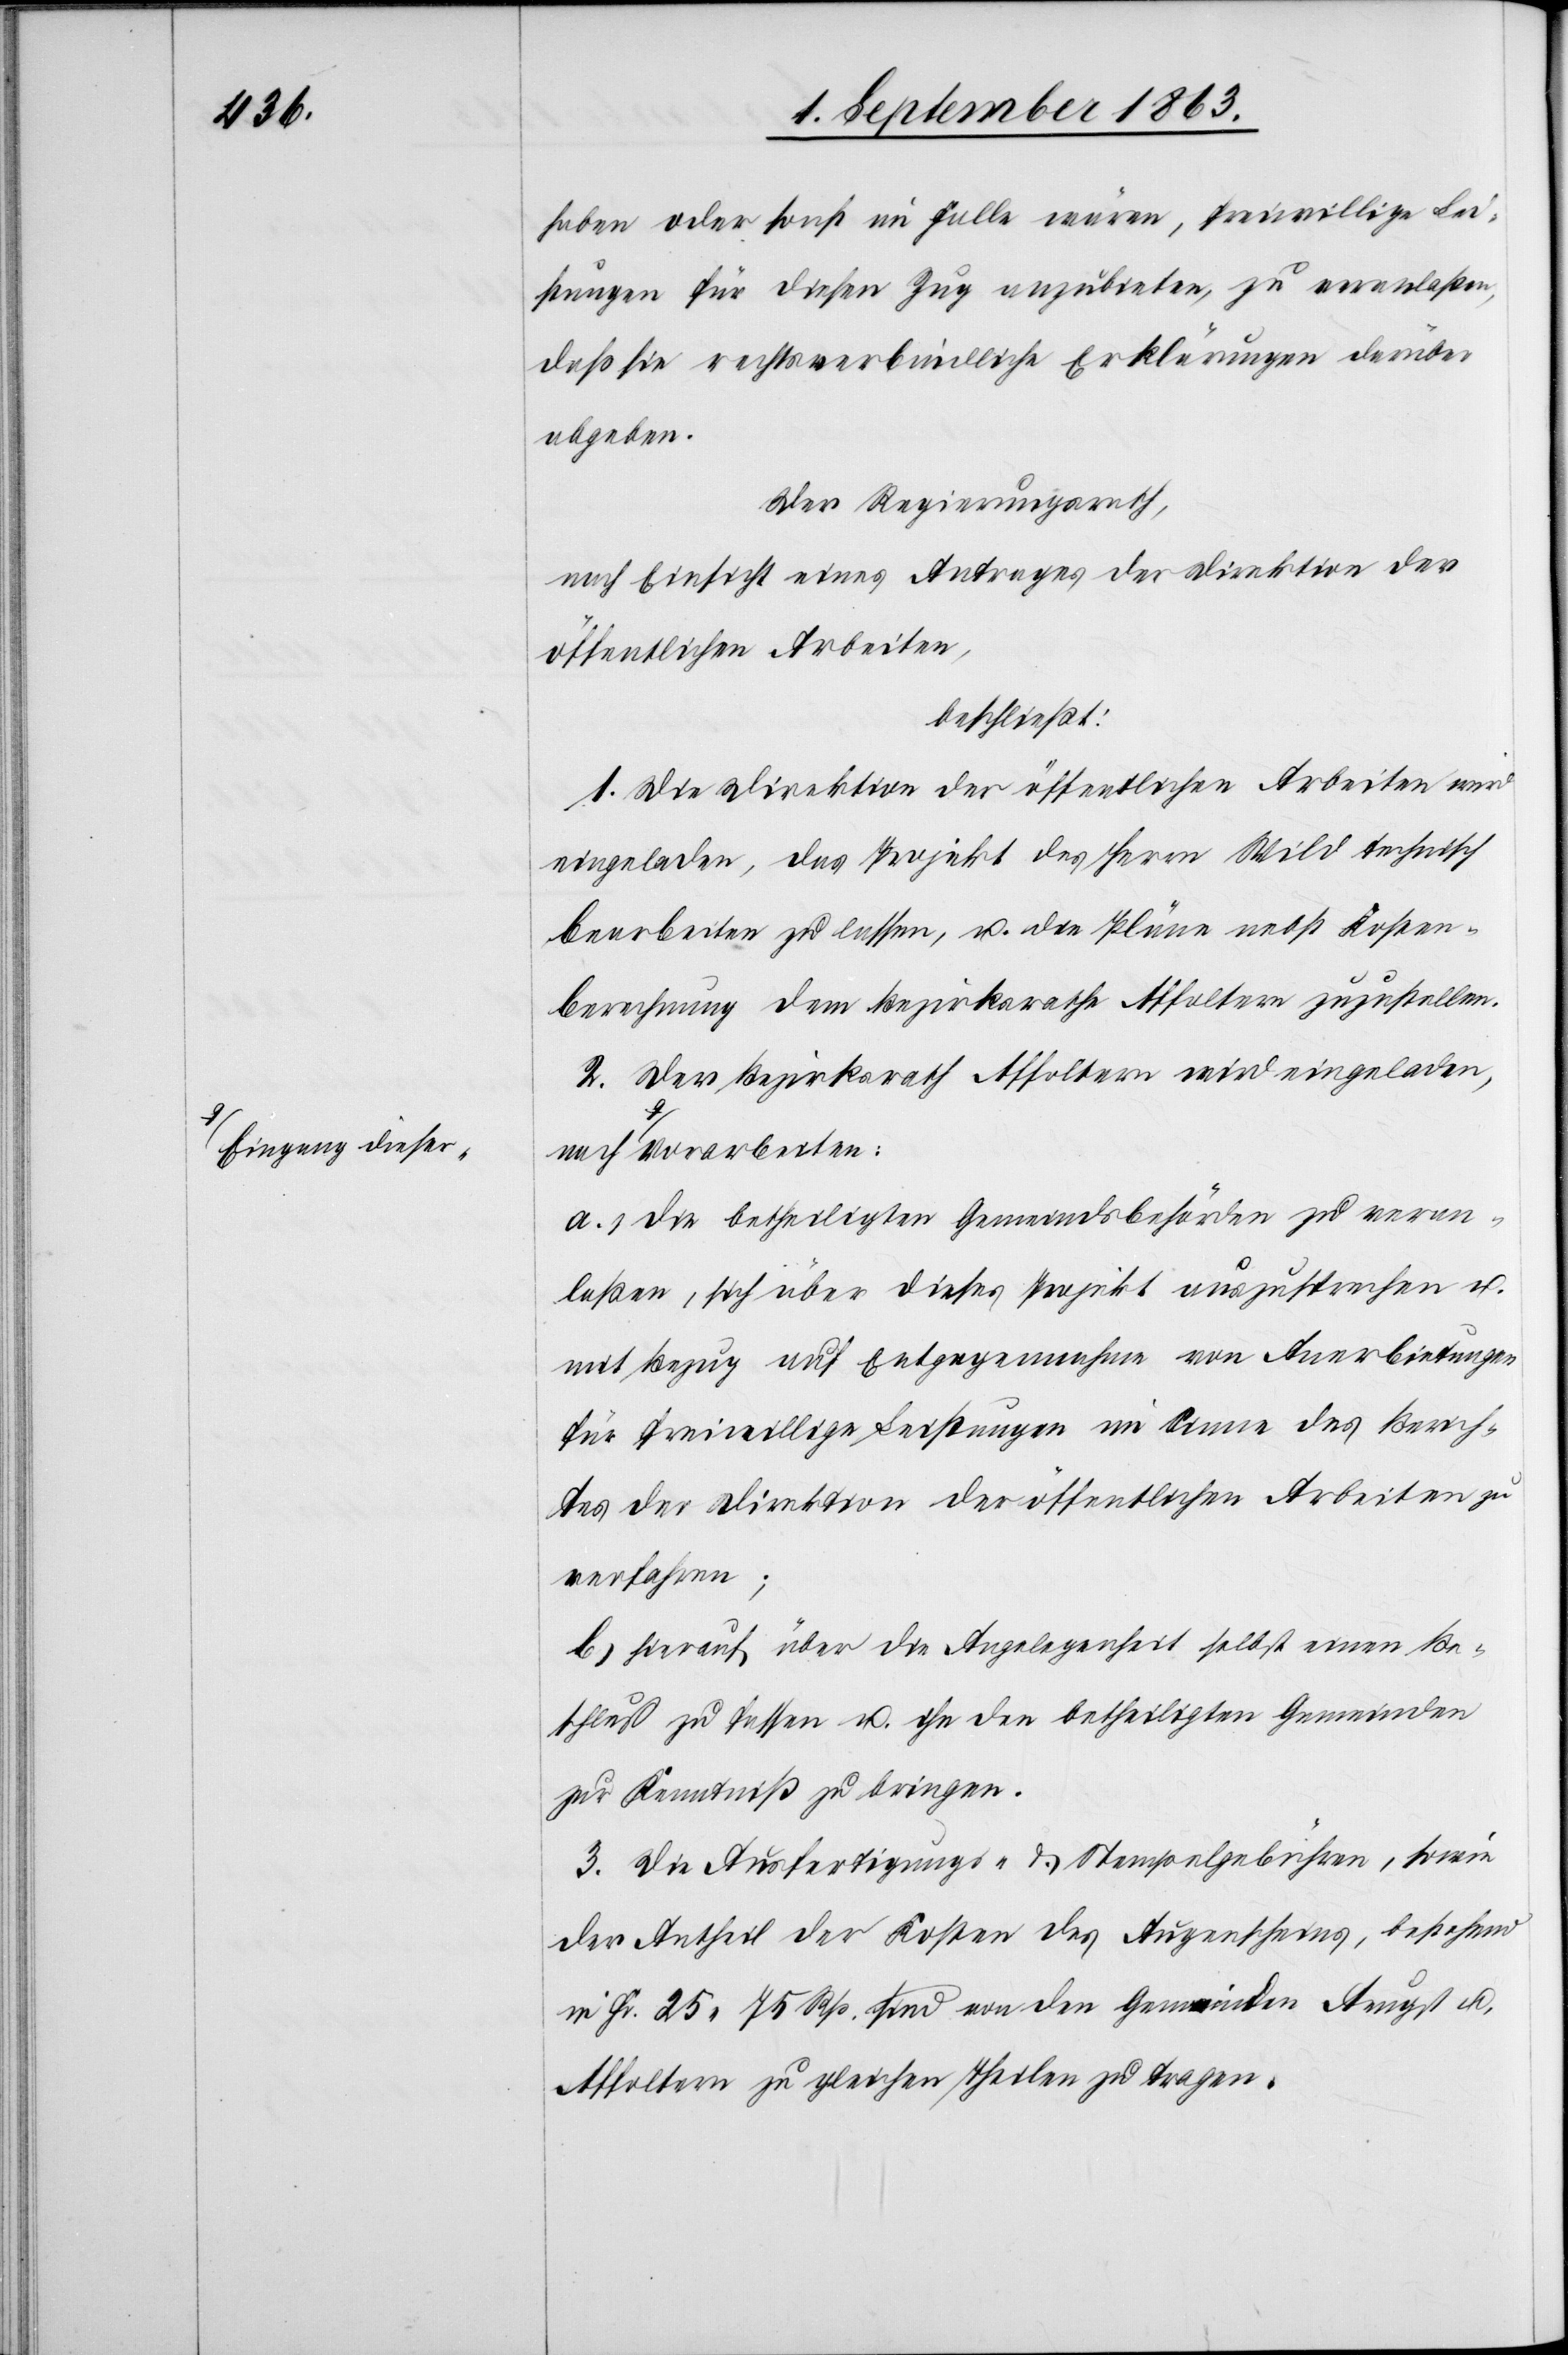
a-Eingang dieser-a

haben oder sonst im Falle wären, freiwillige Lei¬
stungen für diesen Zug anzubieten, zu veranlaßen,
daß sie rechtsverbindliche Erklärungen darüber
abgeben.
Der Regierungsrath,
nach Einsicht eines Antrages der Direktion der
öffentlichen Arbeiten,
beschließt:
1. Die Direktion der öffentlichen Arbeiten wird
eingeladen, das Projekt des Herrn Wild technisch
bearbeiten zu lassen, u. die Pläne nebst Kosten¬
berechnung dem Bezirksrathe Affoltern zuzustellen.
2. Der Bezirksrath Affoltern wird eingeladen,
a.) die betheiligten Gemeindsbehörden zu veran¬
laßen, sich über dieses Projekt auszusprechen u.
mit Bezug auf Entgegennahme von Anerbietungen
für freiwillige Leistungen im Sinne des Berich¬
tes der Direktion der öffentlichen Arbeiten zu
verfahren;
b.) hierauf über die Angelegenheit selbst einen Be¬
schluß zu fassen u. ihn den betheiligten Gemeinden
zur Kenntniß zu bringen.
3. Die Ausfertigungs- & Stempelgebühren, sowie
der Antheil der Kosten des Augenscheins, bestehend
in Fr. 25. 75 Rp. sind von den Gemeinden Aeugst u.
Affoltern zu gleichen Theilen zu tragen.